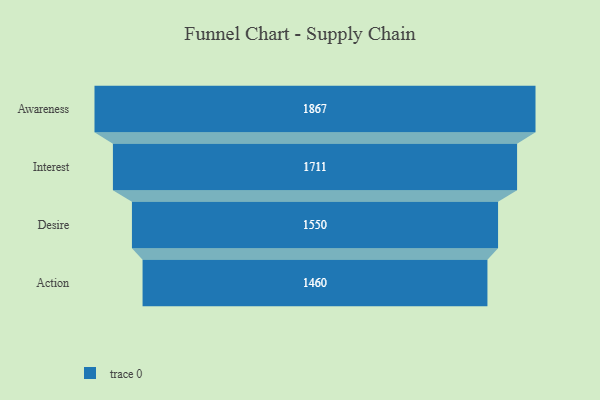
{"axis": {"x": "Stage", "y": "Value"}, "legend": [""], "data": [{"x": "Awareness", "y": 1867.0, "type": ""}, {"x": "Interest", "y": 1711.0, "type": ""}, {"x": "Desire", "y": 1550.0, "type": ""}, {"x": "Action", "y": 1460.0, "type": ""}]}